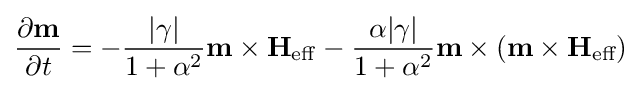
{\frac {\partial \mathbf {m} }{\partial t}}=-{\frac {|\gamma |}{1+\alpha ^{2}}}\mathbf {m} \times \mathbf {H} _{\mathrm {eff} }-{\frac {\alpha |\gamma |}{1+\alpha ^{2}}}\mathbf {m} \times (\mathbf {m} \times \mathbf {H} _{\text{eff}})